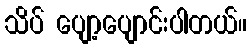
သိပ် ပျော့ပျောင်းပါတယ်။